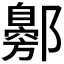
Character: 𬪟